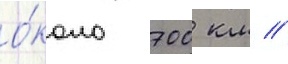
о́коло 700 км //